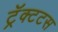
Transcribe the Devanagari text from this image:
ट्रॅक्टटस